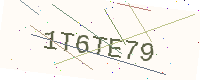
Text: 1T6TE79